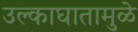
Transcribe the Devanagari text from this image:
उल्काघातामुळे